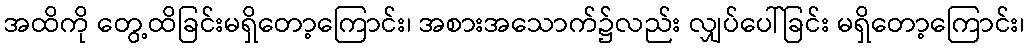
အထိကို တွေ့ထိခြင်းမရှိတော့ကြောင်း၊ အစားအသောက်၌လည်း လျှပ်ပေါ်ခြင်း မရှိတော့ကြောင်း၊